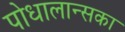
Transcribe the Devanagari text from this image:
पोधालान्सका